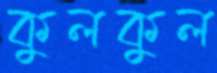
কুলকুল